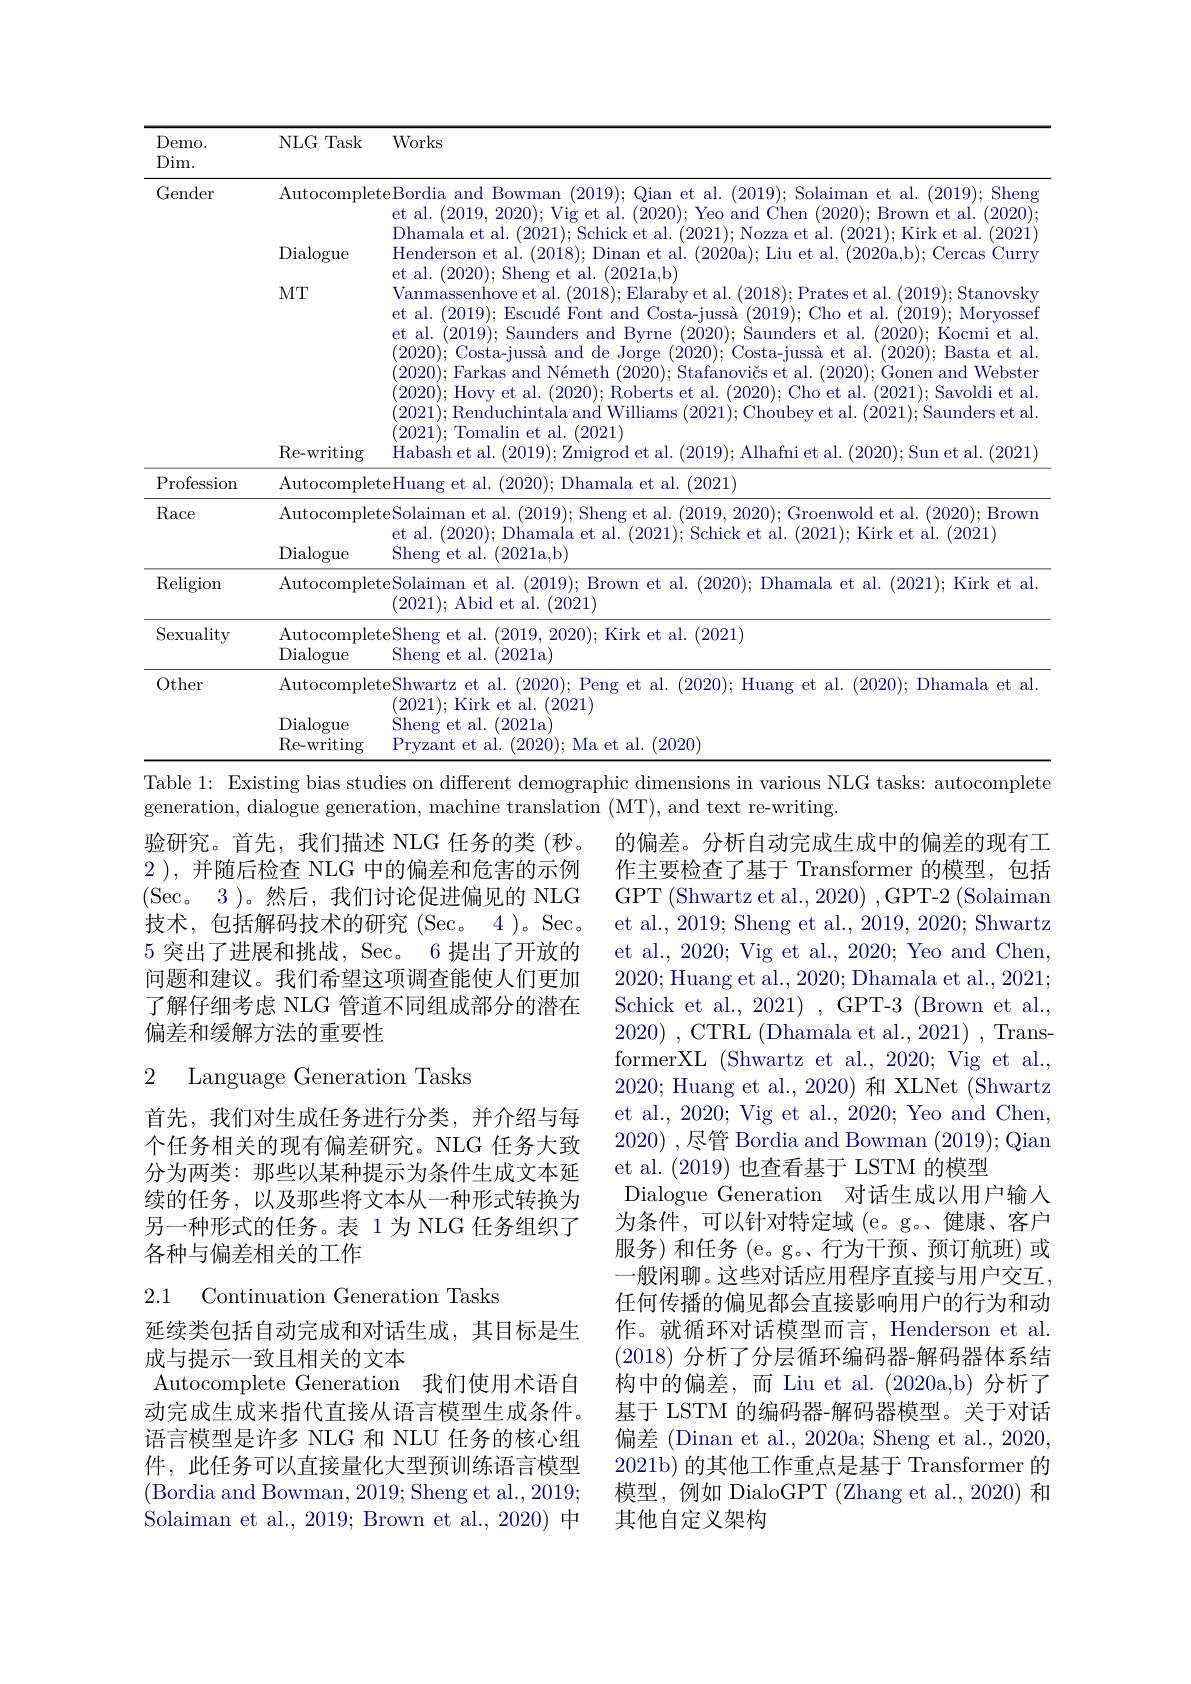
NLG Task Works

Demo.

Dim.

<table>
	<tbody>
		<tr>
			<th> </th>
			<th>Dialogue</th>
			<th>et al. (2019,2020); Vig et al. (2020); Yeo and Chen (2020); Brown et al. (2020) Dhamala et al. (2021); Schick et al. (2021); Nozza et al. (2021); Kirk et al. (2021</th>
		</tr>
		<tr>
			<th> </th>
			<th>$MT$</th>
			<th>et al. (2020); Sheng et al. (2021a,b) Vanmassenhove et al. (2018); Elaraby et al. (2018); Prates et al. (2019); Stanovsky et al. (2019); Escudé Font and Costa-jussà (2019); Cho et al. (2019); Moryosset et al. (2019); Saunders and Byrne (2020); Saunders et al.(2020); Kocmi et al $( 2020) ; \text{ Costa- juss\`{a} and de Jorge }( 2020) ; \text{ Costa- juss\`{a} et al. }( 2020) ;$ Basta et al (2020); Farkas and Németh $( 2020) ; \text{Stafanovi\v{c} s et al. }( 2020) ;$ Gonen and Websten (2020);Hovy et al.(2020);Roberts et al.(2020);Cho et al.(2021);Savoldi et al (2021);Tomalin et al.(2021) (2021);Renduchintala and Williams (2021);Choubey et al. (2021);Saunders et al</th>
		</tr>
		<tr>
			<td> </td>
			<td>$\operatorname{Re-writing}$</td>
			<td>Habash et al. ST (2019): $l_{\mathrm{m}}$ 2020);Sun et al.(2021</td>
		</tr>
		<tr>
			<td>rofession 1-</td>
			<td>$\operatorname{Autocomple}$</td>
			<td>eteHuang et al. (2020); Dhamala et al. (2021)</td>
		</tr>
		<tr>
			<td>$\{$eligion</td>
			<td>Autocomple</td>
			<td>eteSolaiman et al. (2019); Brown et al. (2020); Dhamala et al. (2021); Kirk et al (2021); Abid et al.(2021)</td>
		</tr>
		<tr>
			<td>$\operatorname{Sexuality}$</td>
			<td>Autocomple $\operatorname{Dialogue}$</td>
			<td>eteSheng et al. (2019,2020); Kirk et al. (2021) Sheng et al. (2021a)</td>
		</tr>
		<tr>
			<td rowspan="3">)ther</td>
			<td>Autocomple</td>
			<td>$计e$ $Pf.$ a</td>
		</tr>
		<tr>
			<td>Autocomple $\operatorname{Dialogue}$ Re- writing</td>
			<td>eteShwartz et al. (2020); Peng et al. (2020); Huang et al. (2020); Dhamala et al (2021); Kirk et al. (2021) Sheng et al. (2021a) Prvzant et al. (2020); Ma et al.(2020)</td>
		</tr>
		<tr>
			<td>Re- writing</td>
			<td>Prvzant et a (2020); Ma et al. (2020)</td>
		</tr>
	</tbody>
</table>

Table 1: Existing bias studies on different demographic dimensions in various NLG tasks: autocomplete

generation, dialogue generation, machine translation (MT), and text re-writing.
验研究。首先，我们描述 NLG 任务的类(秒。2 ), 并随后检查 NLG 中的偏差和危害的示例(Sec。3)。然后，我们讨论促进偏见的 NLG 技 术 , 包 括 解 码 技 术 的 研 究 ( Sec。4) 。Sec. 5 突出了进展和挑战，Sec。6 提出了开放的问题和建议。我们希望这项调查能使人们更加了解仔细考虑 NLG 管道不同组成部分的潜在偏差和缓解方法的重要性

2 Language Generation Tasks

的偏差。分析自动完成生成中的偏差的现有工作主要检查了基于 Transformer 的模型，包括GPT$\left(\mathrm{Shwartz~et~al.,~2020)~,~GPT-2~(Solaiman}\right)$ et al., 2019; Sheng et al., 2019, 2020; Shwartz et al., 2020; Vig et al., 2020; Yeo and Chen, 2020;Huang et al., 2020; Dhamala et al., 2021; Schick et al., 2021) , GPT-3 (Brown et al., formerXL (Shwartz et al., 2020; Vig et al. 2020; Huang et al., 2020) 和 XLNet (Shwartz et al., 2020; Vig et al., 2020; Yeo and Chen, 2020) ,尽管 Bordia and Bowman (2019); Qian et al. (2019)也查看基于 LSTM 的模型
Dialogue Generation 对话生成以用户输入为条件，可以针对特定域 (e。g。健康、客户服务)和任务(e。g。行为干预、预订航班)或一般闲聊。这些对话应用程序直接与用户交互任何传播的偏见都会直接影响用户的行为和动作。就循环对话模型而言，Henderson et al (2018)分析了分层循环编码器-解码器体系结构中的偏差，而 Liu et al.(2020a,b) 分析了基于 LSTM 的编码器-解码器模型。关于对话偏差 (Dinan et al., 2020a; Sheng et al., 2020, 2021b) 的其他工作重点是基于 Transformer 的模型，例如 DialoGPT (Zhang et al.,2020) 和其他自定义架构

首先，我们对生成任务进行分类，并介绍与每个任务相关的现有偏差研究。NLG 任务大致分为两类：那些以某种提示为条件生成文本延续的任务，以及那些将文本从一种形式转换为另一种形式的任务。表 1 为 NLG 任务组织了各种与偏差相关的工作

2.1 Continuation Generation Tasks

延续类包括自动完成和对话生成，其目标是生
成与提示一致且相关的文本
Autocomplete Generation 我们使用术语自动完成生成来指代直接从语言模型生成条件。语言模型是许多 NLG 和 NLU 任务的核心组件，此任务可以直接量化大型预训练语言模型(Bordia and Bowman, 2019; Sheng et al., 2019; Solaiman et al., 2019; Brown et al., 2020) 中